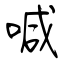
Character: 喊